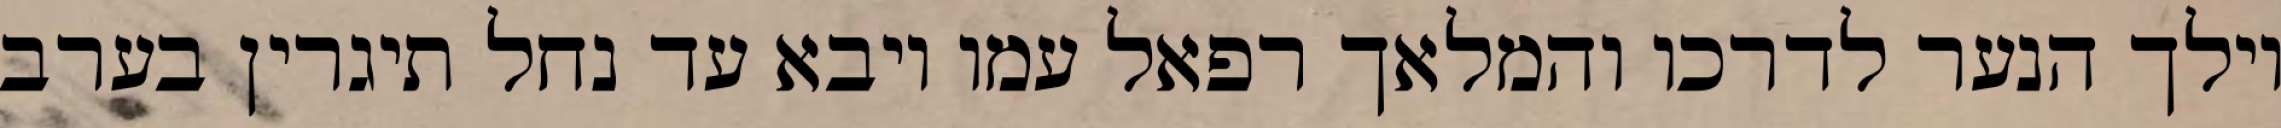
וילך הנער לדרכו והמלאך רפאל עמו ויבא עד נחל תיגרין בערב